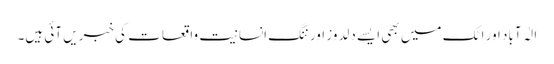
الٰہ آباد اور اٹک میں بھی ایسے دلدوز اور ننگ انسانیت واقعات کی خبریں آئی ہیں۔